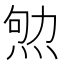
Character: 𰞨